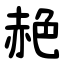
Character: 赩